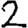
Digit: 2